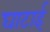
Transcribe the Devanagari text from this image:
घाटाई